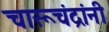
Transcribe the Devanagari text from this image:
चारूचंद्रांनी